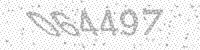
Solution: 064497